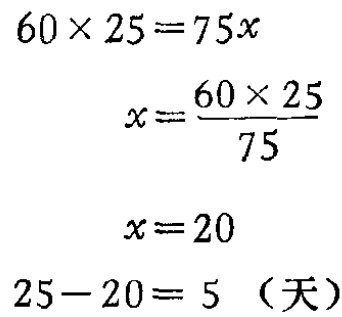
\[

\begin{align*}

60\times25&=75x\\

x&=\frac{60\times25}{75}\\

x&=20\\

25 - 20&= 5\ (\text{天})

\end{align*}

\]